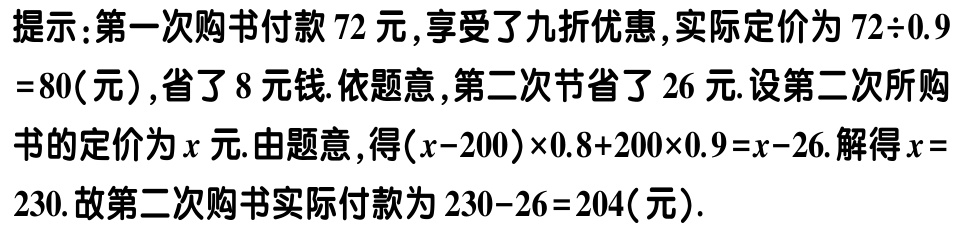
提示：第一次购书付款\(72\)元，享受了九折优惠，实际定价为\(72\div0.9 =80\)（元），省了\(8\)元钱. 依题意，第二次节省了\(26\)元. 设第二次所购书的定价为\(x\)元. 由题意，得\((x - 200)\times0.8 + 200\times0.9 = x - 26\). 解得\(x = 230\). 故第二次购书实际付款为\(230 - 26 = 204\)（元）.